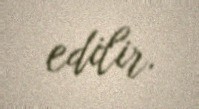
edilir.